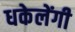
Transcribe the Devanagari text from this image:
धकेलेंगी